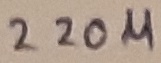
Text: 220µ